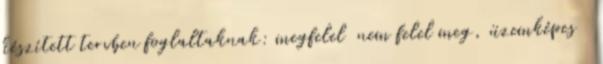
készített tervben foglaltaknak: megfelel nem felel meg, üzemképes